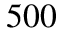
5 0 0